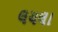
લયલા